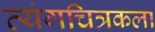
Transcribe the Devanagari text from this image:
व्यंगचित्रकला